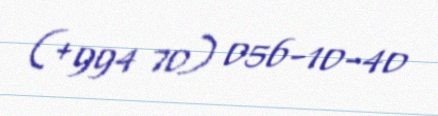
(+994 70) 056-10-40